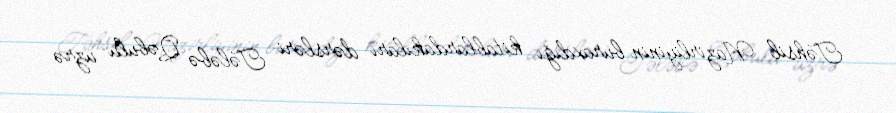
Təhsil Nazirliyinin buraxdığı kitablardakıları dərsləri Tələbə Qəbulu üzrə